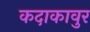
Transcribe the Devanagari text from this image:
कदाकावुर